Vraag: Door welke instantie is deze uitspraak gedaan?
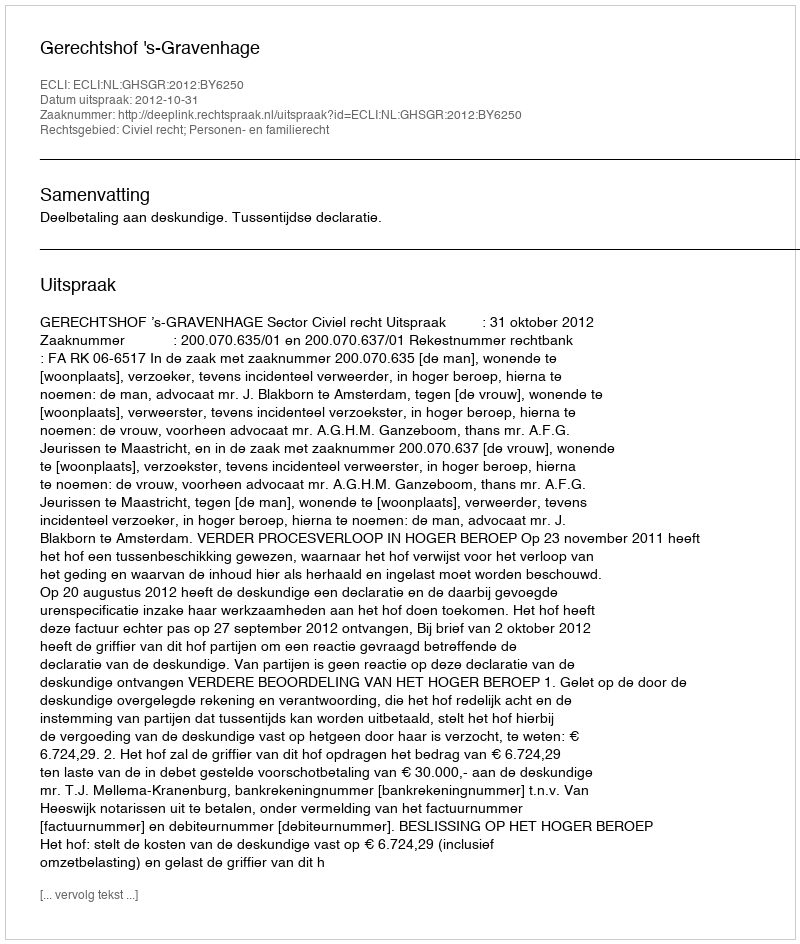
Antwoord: Gerechtshof 's-Gravenhage